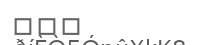
١٤٤